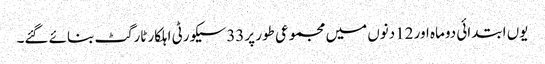
یوں ابتدائی دوماہ اور 12دنوں میں مجموعی طور پر33سیکورٹی اہلکار ٹارگٹ بنائے گئے۔